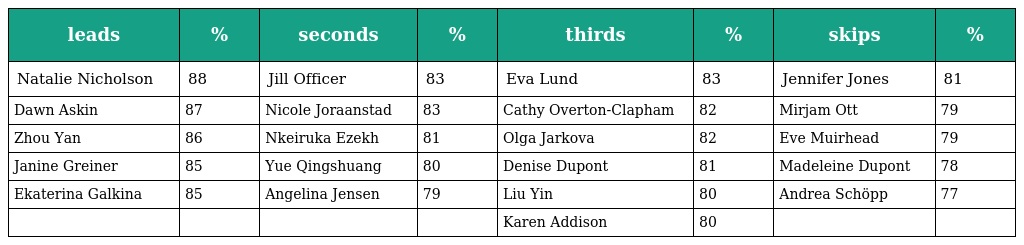
| leads | % | seconds | % | thirds | % | skips | % |
 | --- | --- | --- | --- | --- | --- | --- | --- |
 | Natalie Nicholson | 88 | Jill Officer | 83 | Eva Lund | 83 | Jennifer Jones | 81 |
 | Dawn Askin | 87 | Nicole Joraanstad | 83 | Cathy Overton-Clapham | 82 | Mirjam Ott | 79 |
 | Zhou Yan | 86 | Nkeiruka Ezekh | 81 | Olga Jarkova | 82 | Eve Muirhead | 79 |
 | Janine Greiner | 85 | Yue Qingshuang | 80 | Denise Dupont | 81 | Madeleine Dupont | 78 |
 | Ekaterina Galkina | 85 | Angelina Jensen | 79 | Liu Yin | 80 | Andrea Schöpp | 77 |
 |  |  |  |  | Karen Addison | 80 |  |  |